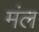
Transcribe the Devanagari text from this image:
मंल